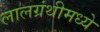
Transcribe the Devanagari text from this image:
लालग्रंथीमध्ये